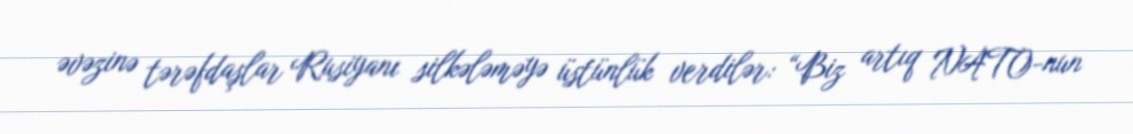
əvəzinə tərəfdaşlar Rusiyanı silkələməyə üstünlük verdilər: “Biz artıq NATO-nun